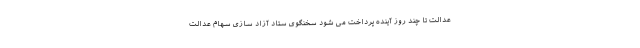
عدالت تا چند روز آینده پرداخت می شود سخنگوی ستاد آزاد سازی سهام عدالت